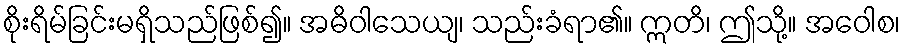
စိုးရိမ်ခြင်းမရှိသည်ဖြစ်၍။ အဓိဝါသေယျ၊ သည်းခံရာ၏။ ဣတိ၊ ဤသို့။ အဝေါစ၊